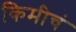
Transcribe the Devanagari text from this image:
किमीचं